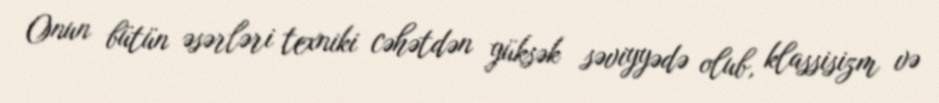
Onun bütün əsərləri texniki cəhətdən yüksək səviyyədə olub, klassisizm və